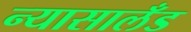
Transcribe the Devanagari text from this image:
न्यासालँड